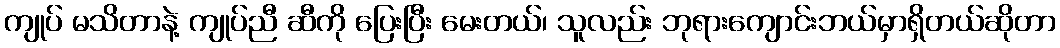
ကျုပ် မသိတာနဲ့ ကျုပ်ညီ ဆီကို ပြေးပြီး မေးတယ်၊ သူလည်း ဘုရားကျောင်းဘယ်မှာရှိတယ်ဆိုတာ